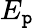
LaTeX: E_{\mathtt{p}}